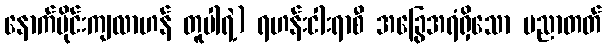
နောက်ပိုင်းကျလာဟန် တူပါရဲ့) ရဟန်းငါးရာစီ အခြွေအရံရှိသော ပညာတတ်